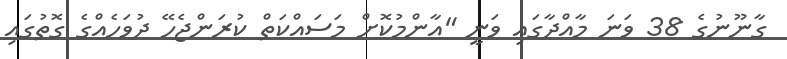
ގާނޫނުގެ 38 ވަނަ މާއްދާގައި ވަނީ "އާންމުކޮށް މަސައްކަތް ކުރަންޖެހޭ ދުވަހެއްގެ ގޮތުގައި